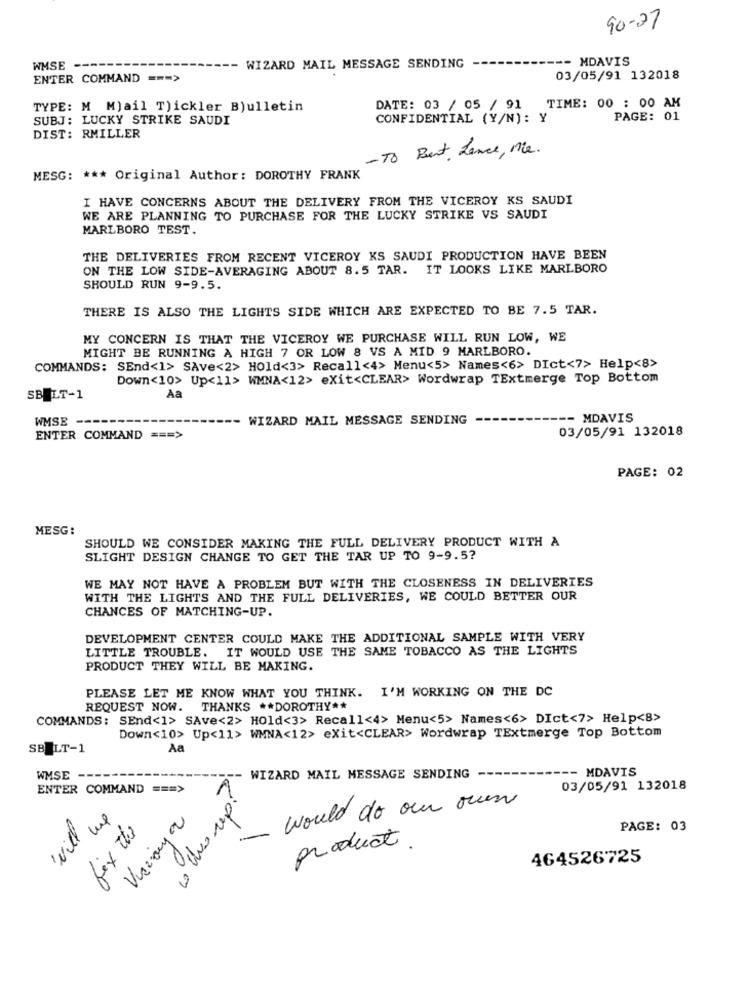
90-27
-- MDAVIS
WMSE --
WIZARD MAIL MESSAGE SENDING
ENTER COMMAND === >
03/05/91 132018
TYPE: M Mail T)ickler Bulletin
DATE: 03 / 05 / 91 TIME: 00 : 00 AM
SUBJ: LUCKY STRIKE SAUDI
CONFIDENTIAL (Y/N): Y
PAGE: 01
DIST: RMILLER
- To Beat, Lance , Mie.
MESG: *** Original Author: DOROTHY FRANK
I HAVE CONCERNS ABOUT THE DELIVERY FROM THE VICEROY KS SAUDI
WE ARE PLANNING TO PURCHASE FOR THE LUCKY STRIKE VS SAUDI
MARLBORO TEST.
THE DELIVERIES FROM RECENT VICEROY KS SAUDI PRODUCTION HAVE BEEN
ON THE LOW SIDE-AVERAGING ABOUT 8.5 TAR. IT LOOKS LIKE MARLBORO
SHOULD RUN 9-9.5.
THERE IS ALSO THE LIGHTS SIDE WHICH ARE EXPECTED TO BE 7.5 TAR.
MY CONCERN IS THAT THE VICEROY WE PURCHASE WILL RUN LOW, WE
MIGHT BE RUNNING A HIGH 7 OR LOW 8 VS A MID 9 MARLBORO.
COMMANDS: SEnd<1> SAve<2> Hold<3> Recall<4> Menu<5> Names<6> DIct<7> Help<8>
Down<10> Up<11> WMNA<12> exit<CLEAR> Wordwrap TExtmerge Top Bottom
SBELT-1
Àa
WMSE --
WIZARD MAIL MESSAGE SENDING
- MDAVIS
03/05/91 132018
ENTER COMMAND === >
PAGE: 02
MESG:
SHOULD WE CONSIDER MAKING THE FULL DELIVERY PRODUCT WITH A
SLIGHT DESIGN CHANGE TO GET THE TAR UP TO 9-9.5?
WE MAY NOT HAVE A PROBLEM BUT WITH THE CLOSENESS IN DELIVERIES
WITH THE LIGHTS AND THE FULL DELIVERIES, WE COULD BETTER OUR
CHANCES OF MATCHING-UP.
DEVELOPMENT CENTER COULD MAKE THE ADDITIONAL SAMPLE WITH VERY
LITTLE TROUBLE. IT WOULD USE THE SAME TOBACCO AS THE LIGHTS
PRODUCT THEY WILL BE MAKING.
PLEASE LET ME KNOW WHAT YOU THINK. I'M WORKING ON THE DC
REQUEST NOW. THANKS ** DOROTHY **
COMMANDS: SEnd<1> SAve<2> Hold<3> Recall<4> Menu<5> Names<6> DIct<7> Help<8>
Down<10> Up<11> WMNA<12> exit<CLEAR> Wordwrap TExtmerge Top Bottom
SBELT-1
Aa
-- MDAVIS
WMSE
WIZARD MAIL MESSAGE SENDING
ENTER COMMAND === >
03/05/91 132018
will we
would do our own
fix the
PAGE: 03
product.
464526725